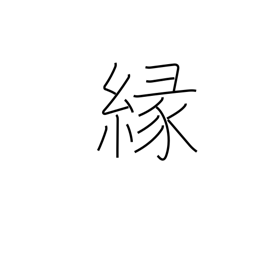
Meaning: affinity